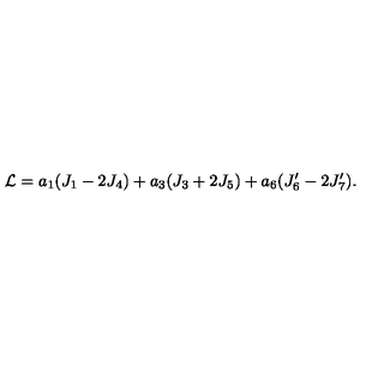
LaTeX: { \cal L } = a _ { 1 } ( J _ { 1 } - 2 J _ { 4 } ) + a _ { 3 } ( J _ { 3 } + 2 J _ { 5 } ) + a _ { 6 } ( J _ { 6 } ^ { \prime } - 2 J _ { 7 } ^ { \prime } ) .